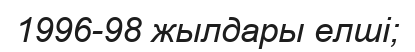
1996-98 жылдары елші;